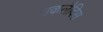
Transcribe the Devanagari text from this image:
उकलैदिस